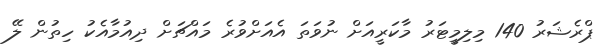
ޕްރެޝަރު 140 މިލިމީޓަރު މާކަރީއަށް ނުވަތަ އެއަށްވުރެ މައްޗަށް ދިއުމާއެކު ހިތުން ލޭ